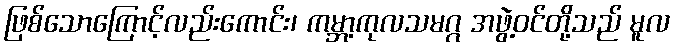
ဖြစ်သောကြောင့်လည်းကောင်း၊ ကမ္ဘာ့ကုလသမဂ္ဂ အဖွဲ့ဝင်တို့သည် မူလ